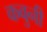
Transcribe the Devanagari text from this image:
कवुनी